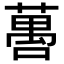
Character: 𬞒